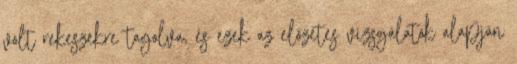
volt rekeszekre tagolva, és ezek az előzetes vizsgálatok alapján